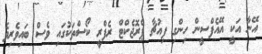
އޭނާ އަކީ އޭއެފްސީން ހިންގި ފިއުޗާ ޕްރޮޖެކްޓް ރެފްރީ ކޯސްތަކުގައި ވެސް ބައިވެރިވެ